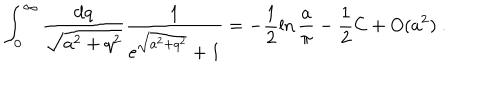
\int _ { 0 } ^ { \infty } \frac { \mathrm { d } q } { \sqrt { a ^ { 2 } + q ^ { 2 } } } \frac { 1 } { \mathrm { e } ^ { \sqrt { a ^ { 2 } + q ^ { 2 } } } + 1 } = - \frac { 1 } { 2 } \ln \frac { a } { \pi } - \frac { 1 } { 2 } \mathrm { C } + O ( a ^ { 2 } ) \ .